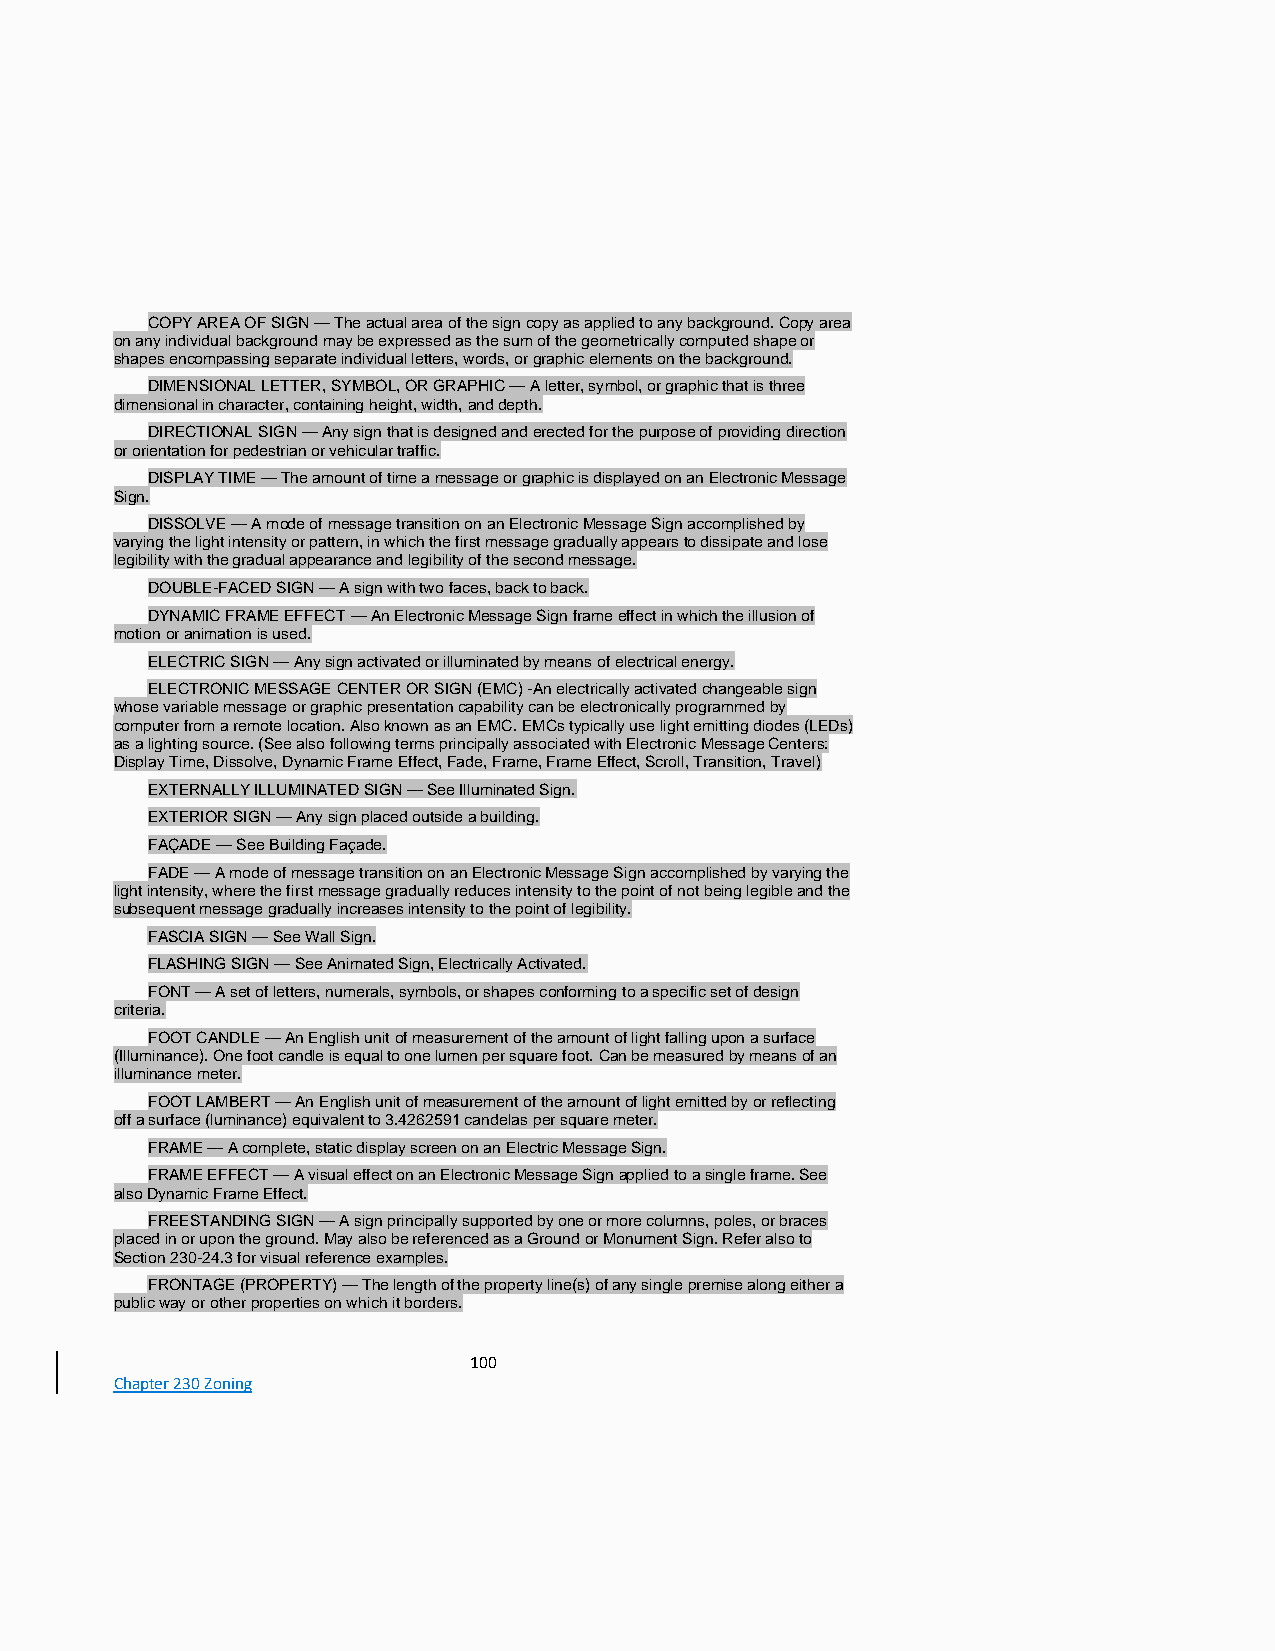
COPY AREA OF SIGN — The actual area of the sign copy as applied to any background. Copy area
 on any individual background may be expressed as the sum of the geometrically computed shape or
 shapes encompassing separate individual letters, words, or graphic elements on the background.
 DIMENSIONAL LETTER, SYMBOL, OR GRAPHIC — A letter, symbol, or graphic that is three
 dimensional in character, containing height, width, and depth.
 DIRECTIONAL SIGN — Any sign that is designed and erected for the purpose of providing direction
 or orientation for pedestrian or vehicular traffic.
 DISPLAY TIME — The amount of time a message or graphic is displayed on an Electronic Message
 Sign.
 DISSOLVE — A mode of message transition on an Electronic Message Sign accomplished by
 varying the light intensity or pattern, in which the first message gradually appears to dissipate and lose
 legibility with the gradual appearance and legibility of the second message.
 DOUBLE-FACED SIGN — A sign with two faces, back to back.
 DYNAMIC FRAME EFFECT — An Electronic Message Sign frame effect in which the illusion of
 motion or animation is used.
 ELECTRIC SIGN — Any sign activated or illuminated by means of electrical energy.
 ELECTRONIC MESSAGE CENTER OR SIGN (EMC) -An electrically activated changeable sign
 whose variable message or graphic presentation capability can be electronically programmed by
 computer from a remote location. Also known as an EMC. EMCs typically use light emitting diodes (LEDs)
 as a lighting source. (See also following terms principally associated with Electronic Message Centers:
 Display Time, Dissolve, Dynamic Frame Effect, Fade, Frame, Frame Effect, Scroll, Transition, Travel)
 EXTERNALLY ILLUMINATED SIGN — See Illuminated Sign.
 EXTERIOR SIGN — Any sign placed outside a building.
 FAÇADE — See Building Façade.
 FADE — A mode of message transition on an Electronic Message Sign accomplished by varying the
 light intensity, where the first message gradually reduces intensity to the point of not being legible and the
 subsequent message gradually increases intensity to the point of legibility.
 FASCIA SIGN — See Wall Sign.
 FLASHING SIGN — See Animated Sign, Electrically Activated.
 FONT — A set of letters, numerals, symbols, or shapes conforming to a specific set of design
 criteria.
 FOOT CANDLE — An English unit of measurement of the amount of light falling upon a surface
 (Illuminance). One foot candle is equal to one lumen per square foot. Can be measured by means of an
 illuminance meter.
 FOOT LAMBERT — An English unit of measurement of the amount of light emitted by or reflecting
 off a surface (luminance) equivalent to 3.4262591 candelas per square meter.
 FRAME — A complete, static display screen on an Electric Message Sign.
 FRAME EFFECT — A visual effect on an Electronic Message Sign applied to a single frame. See
 also Dynamic Frame Effect.
 FREESTANDING SIGN — A sign principally supported by one or more columns, poles, or braces
 placed in or upon the ground. May also be referenced as a Ground or Monument Sign. Refer also to
 Section 230-24.3 for visual reference examples.
 FRONTAGE (PROPERTY) — The length of the property line(s) of any single premise along either a
 public way or other properties on which it borders.
 100
 Chapter 230 Zoning